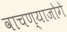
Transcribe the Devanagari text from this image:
वाचण्याजोगे